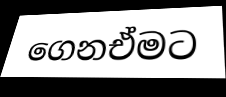
ගෙනඒමට